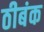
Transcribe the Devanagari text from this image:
ठीबंक